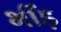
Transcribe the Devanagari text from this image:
भींड़